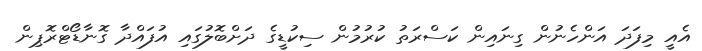
އެއީ މިފަދަ އަންހެނުން ގިނައިން ކަސްރަތު ކުރުމުން ސިކުޑީގެ ދަށްބޮލުގައި އުފައްދާ ގޮނާޑޯޓްރޮޕިން